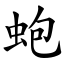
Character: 蚫